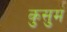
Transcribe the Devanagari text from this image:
कुसुमं